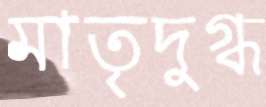
মাতৃদুগ্ধ